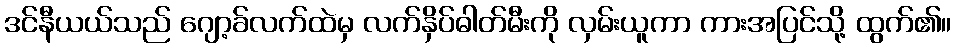
ဒင်နီယယ်သည် ဂျော့ခ်လက်ထဲမှ လက်နှိပ်ဓါတ်မီးကို လှမ်းယူကာ ကားအပြင်သို့ ထွက်၏။